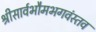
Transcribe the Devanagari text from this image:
श्रीसार्वभौमभगवंस्तव